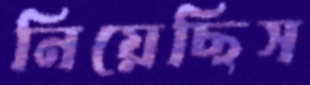
নিয়েছিস